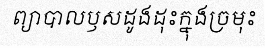
ព្យាបាលឫសដូងដុះក្នុងច្រមុះ